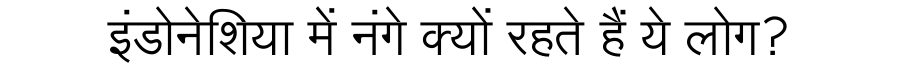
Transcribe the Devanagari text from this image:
इंडोनेशिया में नंगे क्यों रहते हैं ये लोग?